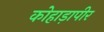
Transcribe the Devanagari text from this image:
कोहाड़ापीर